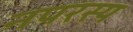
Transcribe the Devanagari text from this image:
नपरस्य